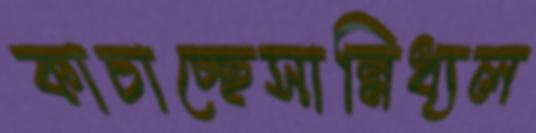
কাচাচ্ছেসান্নিধ্যল